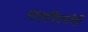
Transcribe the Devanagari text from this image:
मातापितरांची